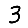
Digit: 3